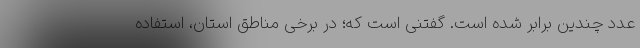
عدد چندین برابر شده است. گفتنی است که؛ در برخی مناطق استان، استفاده